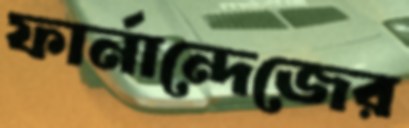
ফার্নান্দেজের